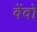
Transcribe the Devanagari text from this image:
वेंदो